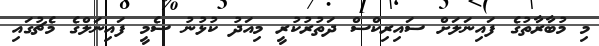
މި މުބާރާތުގެ ފައިނަލަށް ސައިރިކްސް ދަތުރުކުރީ މިއަދު ކުޅުނު ސެމީ ފައިނަލްގެ މެޗުގައި